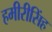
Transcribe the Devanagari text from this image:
हमीरीसिंह